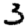
Digit: 3